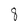
Character: 8